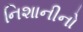
નિશાનીનો